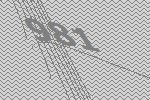
981